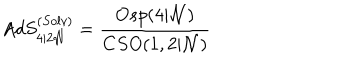
A d S _ { 4 \vert 2 { \cal N } } ^ { ( S o l v ) } = \frac { O s p ( 4 \vert { \cal N } ) } { C S O ( 1 , 2 \vert { \cal N } ) }